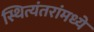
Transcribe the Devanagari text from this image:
स्थित्यंतरांमध्ये